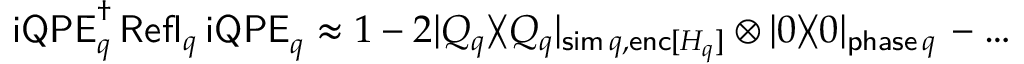
\begin{array} { r } { \mathsf { i Q P E } _ { q } ^ { \dagger } \, \mathsf { R e f l } _ { q } ^ { \phantom { \dagger } } \, \mathsf { i Q P E } _ { q } ^ { \phantom { \dagger } } \approx 1 - 2 | Q _ { q } \rangle \! \langle Q _ { q } | _ { \mathsf { s i m } \, q , \mathsf { e n c } [ H _ { q } ] } \otimes | \boldsymbol { 0 } \rangle \! \langle \boldsymbol { 0 } | _ { \mathsf { p h a s e } \, q } \, - \dots } \end{array}